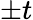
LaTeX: \pm t